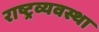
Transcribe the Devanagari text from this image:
राष्ट्रव्यवस्था